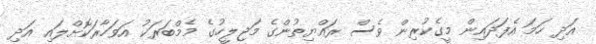
އަދި ހަމަ އެފަދައިން މީގެކުރިން ވެސް ރައްޔިތުންގެ މަޖިލީހުގެ މެމްބަރަކު އަވަހާރަކޮށްލައި އަދި